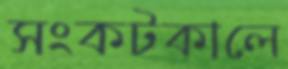
সংকটকালে